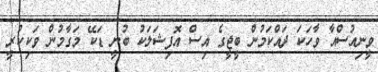
ވީނިއުސްއާ ވާހަކަ ދައްކަމުން ބީޖީގެ އިސް އޮފިޝަލަކު ބުނީ ޑަކޭ މަގާމުން ވަކިކުރީ